Causation and prevention of malarial fevers: a statement of the results of researches drawn up for the use of assistant surgeons, hospital assistants and students
Disease focus: Malaria
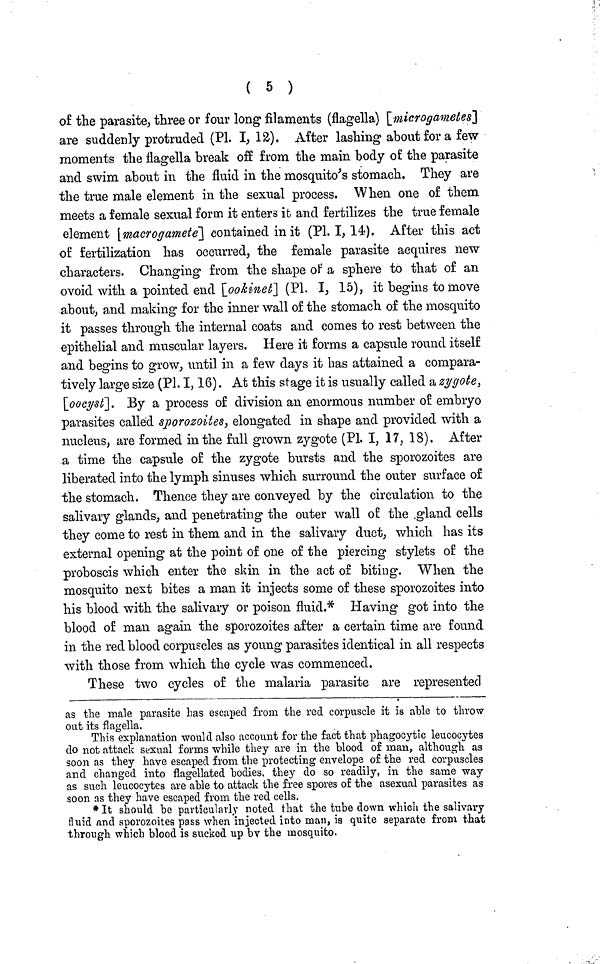
( 5 )
of the parasite, three or four long filaments (flagella) [microgametes]
are suddenly protruded (Pl. I, 12). After lashing about for a few
moments the flagella break off from the main body of the parasite
and swim about in the fluid in the mosquito's stomach. They are
the true male element in the sexual process. When one of them
meets a female sexual form it enters it and fertilizes the true female
element [macrogamete] contained in it (PL I, 14). After this act
of fertilization has occurred, the female parasite acquires new
characters. Changing from the shape of a sphere to that of an
ovoid with a pointed end [ookinet] (Pl. I, 15), it begins to move
about, and making for the inner wall of the stomach of the mosquito
it passes through the internal coats and comes to rest between the
epithelial and muscular layers. Here it forms a capsule round itself
and begins to grow, until in a few days it has attained a compara-
tively large size (Pl. I, 16). At this stage it is usually called a zygote,
[oocyst]. By a process of division an enormous number of embryo
parasites called sporozoites, elongated in shape and provided with a
nucleus, are formed in the full grown zygote (PL I, 17, 18). After
a time the capsule of the zygote bursts and the sporozoites are
liberated into the lymph sinuses which surround the outer surface of
the stomach. Thence they are conveyed by the circulation to the
salivary glands, and penetrating the outer wall of the gland cells
they come to rest in them and in the salivary duct, which has its
external opening at the point of one of the piercing stylets of the
proboscis which enter the skin in the act of biting. When the
mosquito nest bites a man it injects some of these sporozoites into
his blood with the salivary or poison fluid.* Having got into the
blood of man again the sporozoites after a certain time are found
in the red blood corpuscles as young parasites identical in all respects
with those from which the cycle was commenced.
These two cycles of the malaria parasite are represented
as the male parasite has escaped from the red corpuscle it is able to throw
out its flagella.
This explanation would also account for the fact that phagocytic leucocytes
do not attack sexual forms while they are in the blood of man, although as
soon as they have escaped from the protecting envelope of the red corpuscles
and changed into flagellated bodies, they do so readily, in the same way
as such leucocytes are able to attack the free spores of the asexual parasites as
soon as they have escaped from the red cells.
* It should be particularly noted that the tube down which the salivary
fluid and sporozoites pass when injected into man, is quite separate from that
through which blood is sucked up by the mosquito.